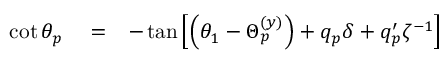
\begin{array} { r l r } { \cot \theta _ { p } } & { { } = } & { - \tan \left[ \left( \theta _ { 1 } - \Theta _ { p } ^ { ( y ) } \right) + q _ { p } \delta + q _ { p } ^ { \prime } \zeta ^ { - 1 } \right] } \end{array}